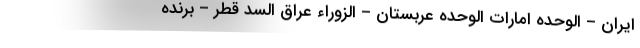
ایران – الوحده امارات الوحده عربستان – الزوراء عراق السد قطر – برنده